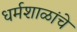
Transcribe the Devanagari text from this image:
धर्मशाळांचे